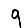
Digit: 9